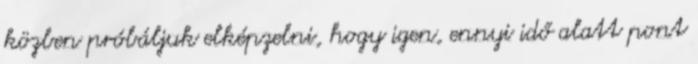
közben próbáljuk elképzelni, hogy igen, ennyi idő alatt pont